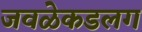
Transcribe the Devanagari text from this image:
जवळेकडलग